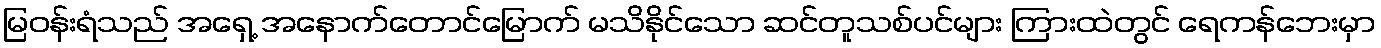
မြဝန်းရံသည် အရှေ့ အနောက်တောင်မြောက် မသိနိုင်သော ဆင်တူသစ်ပင်များ ကြားထဲတွင် ရေကန်ဘေးမှာ